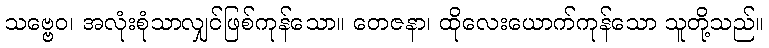
သဗ္ဗေဝ၊ အလုံးစုံသာလျှင်ဖြစ်ကုန်သော။ တေဇနာ၊ ထိုလေးယောက်ကုန်သော သူတို့သည်။